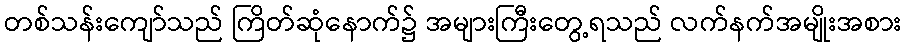
တစ်သန်းကျော်သည် ကြိတ်ဆုံနောက်၌ အများကြီးတွေ့ရသည် လက်နက်အမျိုးအစား